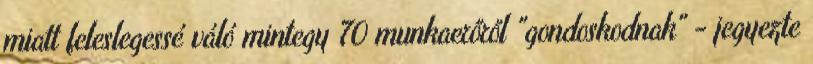
miatt feleslegessé váló mintegy 70 munkaerőről "gondoskodnak" - jegyezte